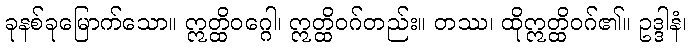
ခုနစ်ခုမြောက်သော။ ဣတ္ထိဝဂ္ဂေါ၊ ဣတ္ထိဝဂ်တည်း။ တဿ၊ ထိုဣတ္ထိဝဂ်၏။ ဥဒ္ဒါနံ၊